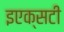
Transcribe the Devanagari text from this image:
इएक्सटी